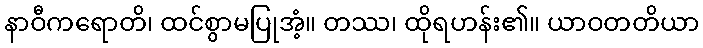
နာဝီကရောတိ၊ ထင်စွာမပြုအံ့။ တဿ၊ ထိုရဟန်း၏။ ယာဝတတိယာ